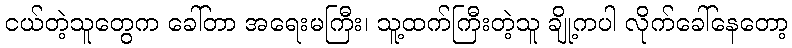
ငယ်တဲ့သူတွေက ခေါ်တာ အရေးမကြီး၊ သူ့ထက်ကြီးတဲ့သူ ချို့ကပါ လိုက်ခေါ်နေတော့